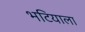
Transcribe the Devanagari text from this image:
भटियाला